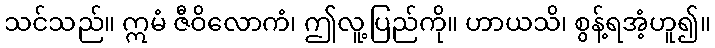
သင်သည်။ ဣမံ ဇီဝိလောကံ၊ ဤလူ့ပြည်ကို။ ဟာယသိ၊ စွန့်ရအံ့ဟူ၍။